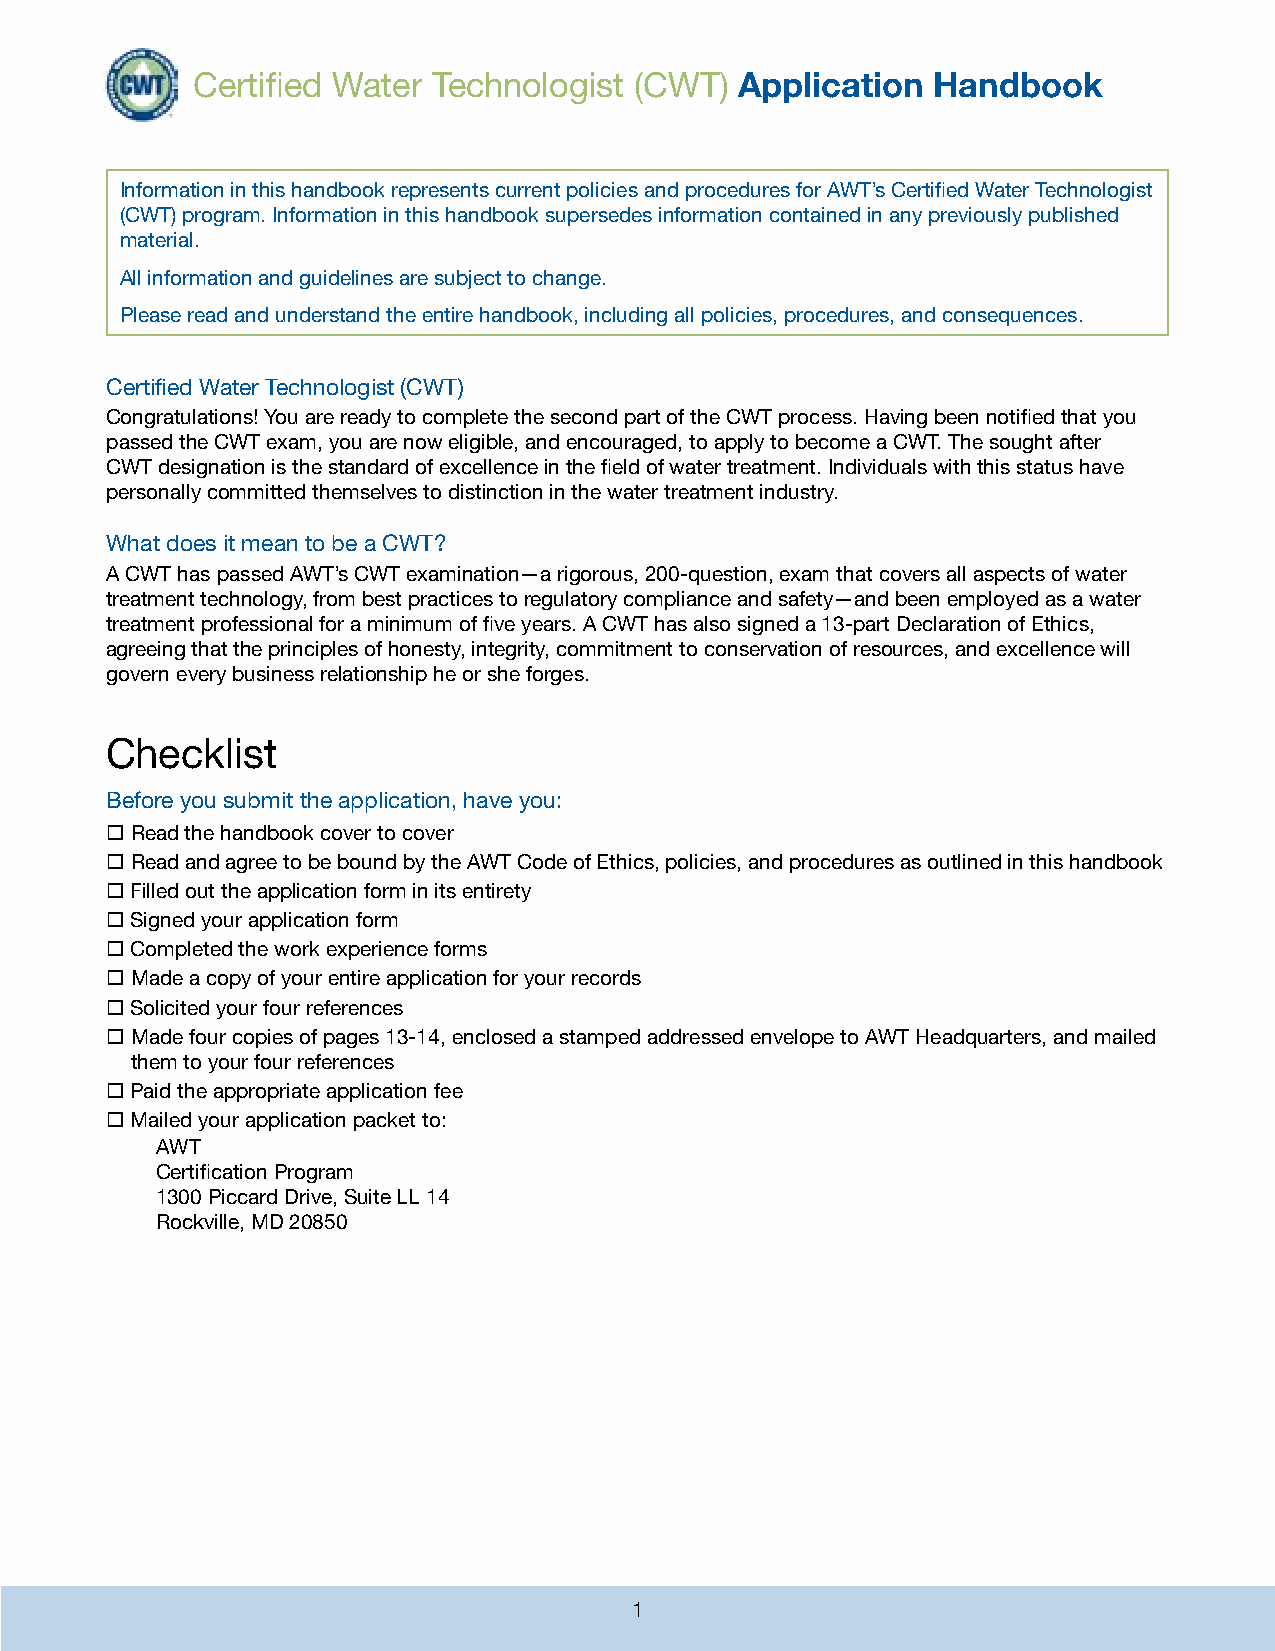
Certified Water Technologist (CWT)
 Application  Handbook
 Information in this handbook represents current policies and procedures for AWT’s Certified Water Technologist
 (CWT) program. Information in this handbook supersedes information contained in any previously published
 material.
 All information and guidelines are subject to change.
 Please read and understand the entire handbook, including all policies, procedures, and consequences.
 Certified Water Technologist (CWT)
 Congratulations! You are ready to complete the second part of the CWT process. Having been notified that you
 passed the CWT exam, you are now eligible, and encouraged, to apply to become a CWT. The sought after
 CWT designation is the standard of excellence in the field of water treatment. Individuals with this status have
 personally committed themselves to distinction in the water treatment industry.
 What does it mean to be a CWT?
 A CWT has passed AWT’s CWT examination—a rigorous, 200-question, exam that covers all aspects of water
 treatment technology, from best practices to regulatory compliance and safety—and been employed as a water
 treatment professional for a minimum of five years. A CWT has also signed a 13-part Declaration of Ethics,
 agreeing that the principles of honesty, integrity, commitment to conservation of resources, and excellence will
 govern every business relationship he or she forges.
 Checklist
 Before you submit the application, have you:
  Read the handbook cover to cover
  Read and agree to be bound by the AWT Code of Ethics, policies, and procedures as outlined in this handbook
  Filled out the application form in its entirety
  Signed your application form
  Completed the work experience forms
  Made a copy of your entire application for your records
  Solicited your four references
  Made four copies of pages 13-14, enclosed a stamped addressed envelope to AWT Headquarters, and mailed
 them to your four references
  Paid the appropriate application fee
  Mailed your application packet to:
 AWT
 Certification Program
 1300 Piccard Drive, Suite LL 14
 Rockville, MD 20850
 1